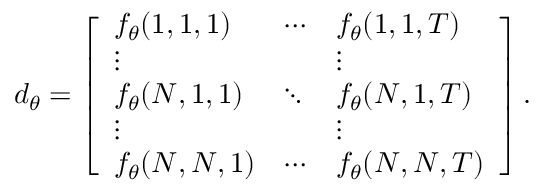
d _ { \theta } = \left[ \begin{array} { l l l } { f _ { \theta } ( 1 , 1 , 1 ) } & { \cdots } & { f _ { \theta } ( 1 , 1 , T ) } \\ { \vdots } & { } & { \vdots } \\ { f _ { \theta } ( N , 1 , 1 ) } & { \ddots } & { f _ { \theta } ( N , 1 , T ) } \\ { \vdots } & { } & { \vdots } \\ { f _ { \theta } ( N , N , 1 ) } & { \cdots } & { f _ { \theta } ( N , N , T ) } \end{array} \right] .